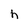
Character: h